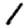
Digit: 1